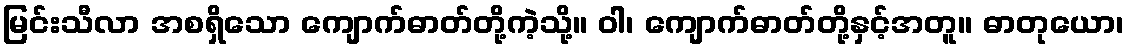
မြင်းသီလာ အစရှိသော ကျောက်ဓာတ်တို့ကဲ့သို့။ ဝါ၊ ကျောက်ဓာတ်တို့နှင့်အတူ။ ဓာတုယော၊